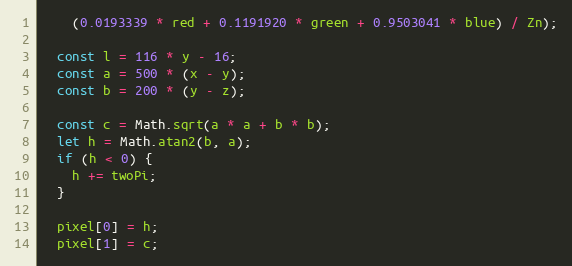
Language: JavaScript
    (0.0193339 * red + 0.1191920 * green + 0.9503041 * blue) / Zn);

  const l = 116 * y - 16;
  const a = 500 * (x - y);
  const b = 200 * (y - z);

  const c = Math.sqrt(a * a + b * b);
  let h = Math.atan2(b, a);
  if (h < 0) {
    h += twoPi;
  }

  pixel[0] = h;
  pixel[1] = c;